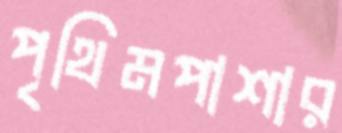
পৃথিমপাশার